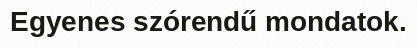
Egyenes szórendű mondatok.